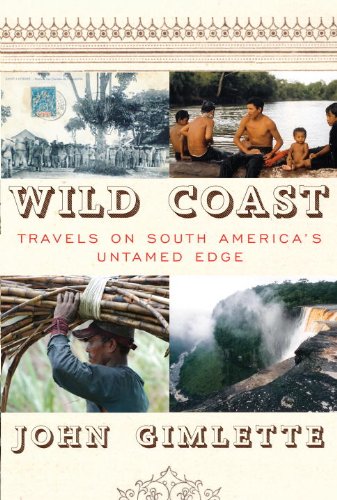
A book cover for Wild Coast: Travels on South America's Untamed Edge; John Gimlette; Travel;